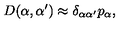
D ( \alpha , { \alpha ^ { \prime } } ) \approx \delta _ { \alpha { \alpha ^ { \prime } } } p _ { \alpha } ,